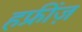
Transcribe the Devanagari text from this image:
हफ्रींज़